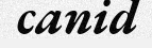
canid